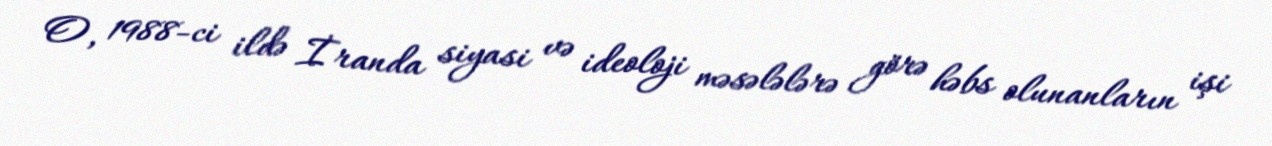
O, 1988-ci ildə İranda siyasi və ideoloji məsələlərə görə həbs olunanların işi